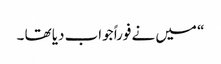
“ میں نے فوراً جواب دیا تھا ۔